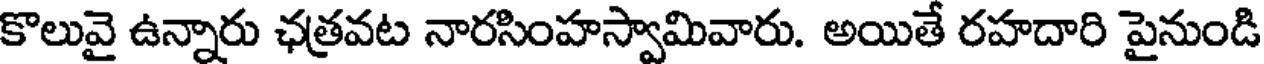
కొలువై ఉన్నారు ఛత్రవట నారసింహస్వామివారు. అయితే రహదారి పైనుండి